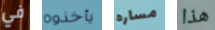
في يأخذوه مساره هذا